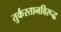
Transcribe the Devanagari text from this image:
तुर्कस्तानविरूद्ध